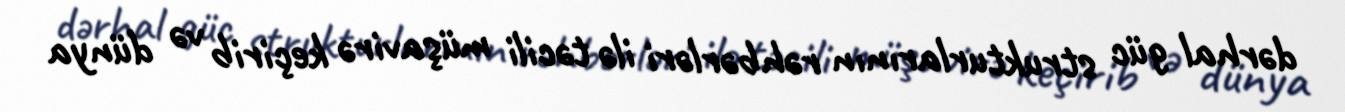
dərhal güc strukturlarının rəhbərləri ilə təcili müşavirə keçirib və dünya